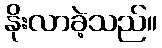
နိုးလာခဲ့သည်။